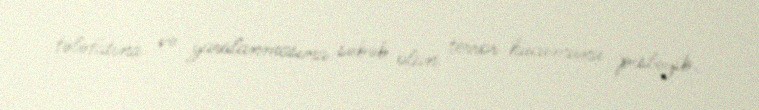
tələfatına və yaralanmasına səbəb olan terror hücumunu pisləyib.